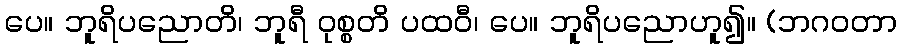
ပေ။ ဘူရိပညောတိ၊ ဘူရီ ဝုစ္စတိ ပထဝီ၊ ပေ။ ဘူရိပညောဟူ၍။ (ဘဂဝတာ